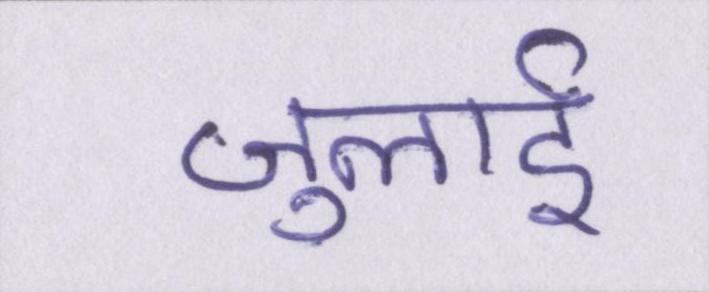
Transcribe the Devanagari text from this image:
जुलाई